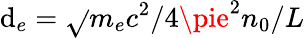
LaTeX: \mathrm{d}_{e}=\sqrt{}{{m_{e}c^{2}/{4\pie^{2}n_{0}}}}/L